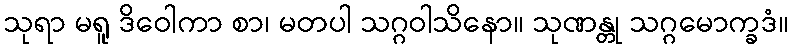
သုရာ မရူ ဒိဝေါကာ စာ၊ မတပါ သဂ္ဂဝါသိနော။ သုဏန္တု သဂ္ဂမောက္ခဒံ။